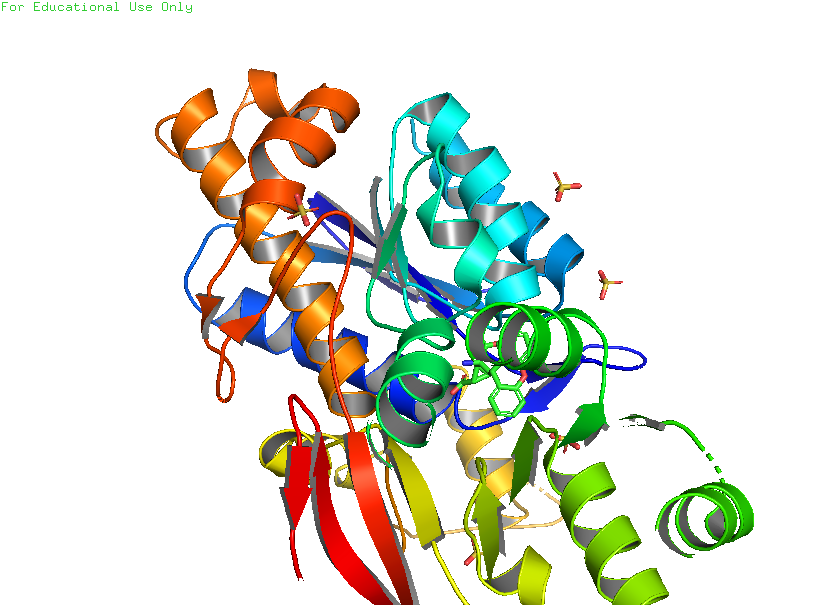
pymol, preset, publication